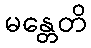
မန္တေတိ